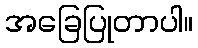
အခြေပြုတာပါ။